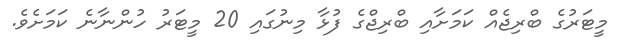
މީޓަރުގެ ބްރިޖެއް ކަމަށާއި ބްރިޖްގެ ފުޅާ މިނުގައި 20 މީޓަރު ހުންނާނެ ކަމަށެވެ.